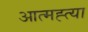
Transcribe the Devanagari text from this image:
आत्‍मह्त्‍या